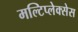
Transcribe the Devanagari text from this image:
मल्टिप्लेक्सेस